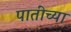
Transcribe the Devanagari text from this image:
पातींच्या